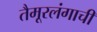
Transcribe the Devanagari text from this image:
तैमूरलंगाची